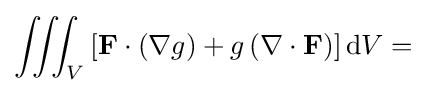
\iiint _{V}\left[\mathbf {F} \cdot \left(\nabla g\right)+g\left(\nabla \cdot \mathbf {F} \right)\right]\mathrm {d} V=